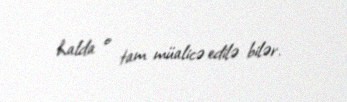
halda o tam müalicə edilə bilər.